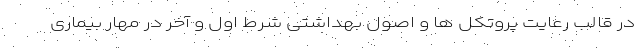
در قالب رعایت پروتکل ها و اصول بهداشتی شرط اول و آخر در مهار بیماری